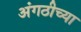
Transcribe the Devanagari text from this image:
अंगठीच्या